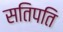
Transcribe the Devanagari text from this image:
सतिपति